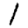
Digit: 1